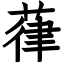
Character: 葎